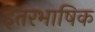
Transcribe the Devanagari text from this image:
इतरभाषिक